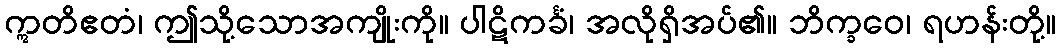
ဣတိဧတံ၊ ဤသို့သောအကျိုးကို။ ပါဋိကင်္ခံ၊ အလိုရှိအပ်၏။ ဘိက္ခဝေ၊ ရဟန်းတို့။